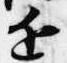
近